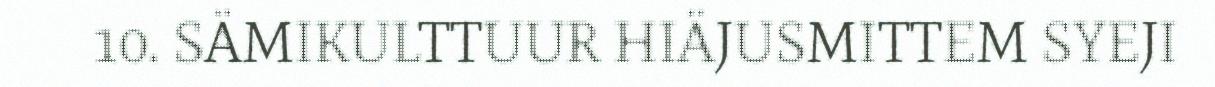
10. SÄMIKULTTUUR HIÄJUSMITTEM SYEJI